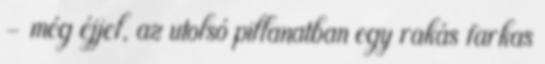
– még éjjel, az utolsó pillanatban egy rakás farkas